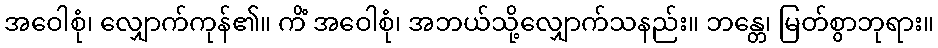
အဝေါစုံ၊ လျှောက်ကုန်၏။ ကိံ အဝေါစုံ၊ အဘယ်သို့လျှောက်သနည်း။ ဘန္တေ၊ မြတ်စွာဘုရား။